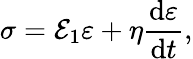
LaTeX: \sigma=\mathcal{E}_{1}\varepsilon+\eta\frac{{\mathrm{{d}}\varepsilon}}{{\mathrm{{d}}t}},